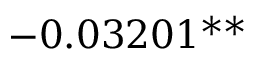
- 0 . 0 3 2 0 1 ^ { \ast \ast }